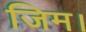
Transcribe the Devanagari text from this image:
जिम।